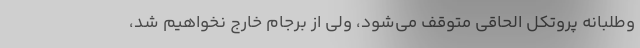
وطلبانه پروتکل الحاقی متوقف می‌شود، ولی از برجام خارج نخواهیم شد،